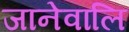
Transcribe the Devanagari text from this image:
जानेवालि